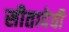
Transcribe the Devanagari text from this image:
सीतादेवी